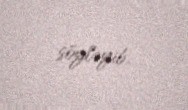
söyləyib.